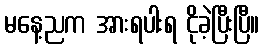
မနေ့ညက အားရပါးရ ငိုခဲ့ပြီးပြီ။